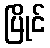
ပြိုင်